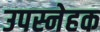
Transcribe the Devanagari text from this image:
उपस्नेहक